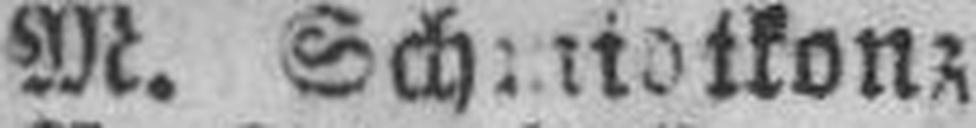
M. Schmidtkonz